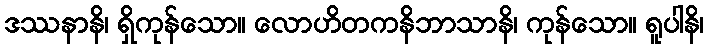
ဒဿနာနိ၊ ရှိကုန်သော။ လောဟိတကနိဘာသာနိ၊ ကုန်သော။ ရူပါနိ၊